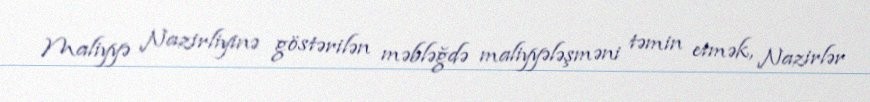
Maliyyə Nazirliyinə göstərilən məbləğdə maliyyələşməni təmin etmək, Nazirlər